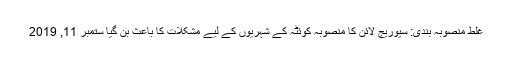
غلط منصوبہ بندی: سیوریج لائن کا منصوبہ کوئٹہ کے شہریوں کے لیے مشکلات کا باعث بن گیا ستمبر 11, 2019